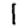
Digit: 1